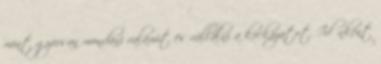
mint gyorsan mondani valamit és vállalni a kockázatot. Időnként